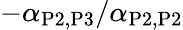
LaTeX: -\alpha_{\mathrm{P2},\mathrm{P3}}/\alpha_{\mathrm{P2},\mathrm{P2}}